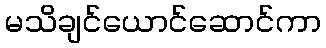
မသိချင်ယောင်ဆောင်ကာ